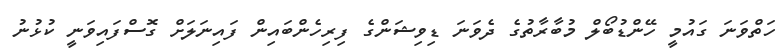
ހަތްވަނަ ގައުމީ ހޭންޑުބޯލް މުބާރާތުގެ ދެވަނަ ޑިވިޝަންގެ ފިރިހެންބައިން ފައިނަލަށް ގޮސްފައިވަނީ ކުޅުނު